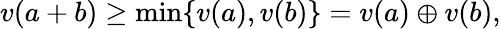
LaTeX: v(a+b)\geq\operatorname*{min}\{ v(a),v(b)\} =v(a)\oplus v(b),